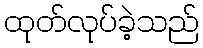
ထုတ်လုပ်ခဲ့သည်